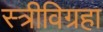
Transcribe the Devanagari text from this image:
स्त्रीविग्रहा